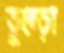
তুব্‌ড়ো